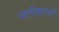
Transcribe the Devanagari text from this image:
नर्तकाने